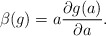
\begin{align*}\beta(g)=a \frac{\partial g(a)}{\partial a}.\end{align*}